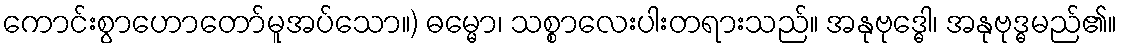
ကောင်းစွာဟောတော်မူအပ်သော။) ဓမ္မော၊ သစ္စာလေးပါးတရားသည်။ အနုဗုဒ္ဓေါ၊ အနုဗုဒ္ဓမည်၏။